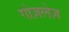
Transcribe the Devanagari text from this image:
गोज़लेज़